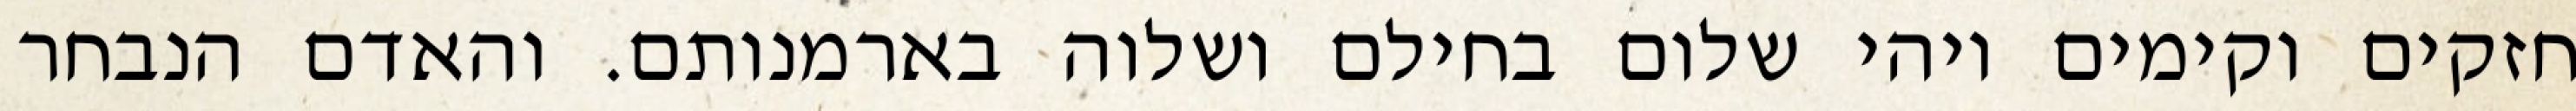
חזקים וקימים ויהי שלום בחילם ושלוה בארמנותם. והאדם הנבחר